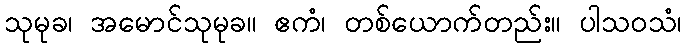
သုမုခ၊ အမောင်သုမုခ။ ဧကံ၊ တစ်ယောက်တည်း။ ပါသဝသံ၊